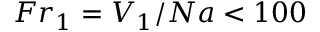
F r _ { 1 } = V _ { 1 } / N a < 1 0 0